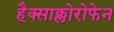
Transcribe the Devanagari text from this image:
हैक्साक्लोरोफेन